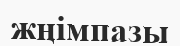
жңімпазы